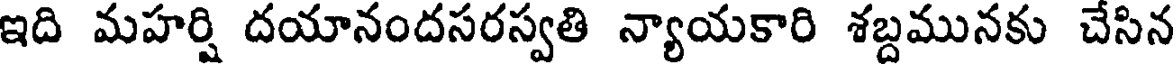
ఇది మహర్షి దయానందసరస్వతి న్యాయకారి శబ్దమునకు చేసిన